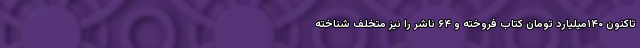
تاکنون ۱۴۰میلیارد تومان کتاب فروخته و ۶۴ ناشر را نیز متخلف شناخته